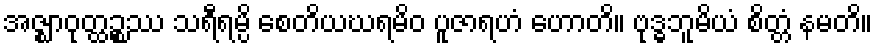
အဇ္ဈာဝုတ္ထဉ္စဿ သရီရမ္ပိ စေတိယဃရမိဝ ပူဇာရဟံ ဟောတိ။ ဗုဒ္ဓဘူမိယံ စိတ္တံ နမတိ။